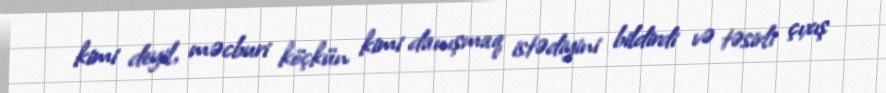
kimi deyil, məcburi köçkün kimi danışmaq istədiyini bildirdi və təsirli çıxış